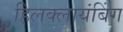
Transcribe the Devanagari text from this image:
हिलक्लायंबिंग